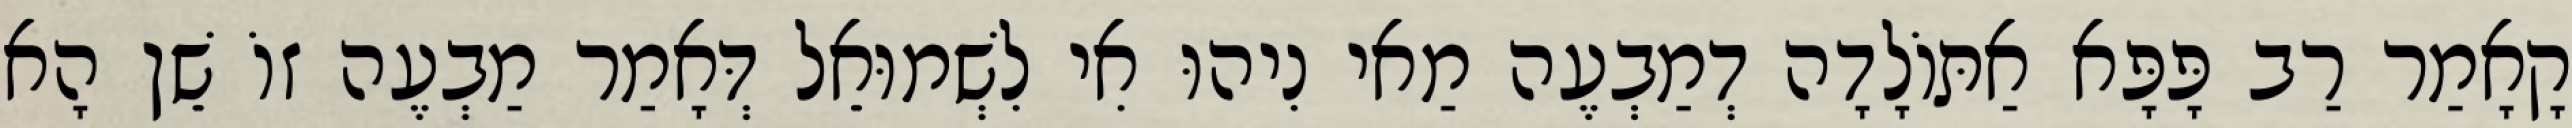
קָאָמַר רַב פָּפָּא אַתּוֹלָדָה דְמַבְעֶה מַאי נִיהוּ אִי לִשְׁמוּאֵל דְּאָמַר מַבְעֶה זוֹ שֵׁן הָא